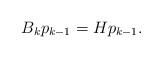
LaTeX: \begin{align*}B_kp_{k-1}=Hp_{k-1}.\end{align*}